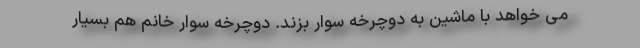
می خواهد با ماشین به دوچرخه سوار بزند. دوچرخه سوار خانم هم بسیار